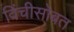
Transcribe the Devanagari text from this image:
विंचीसोबत